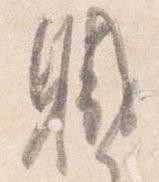
職